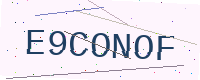
Text: E9CONOF